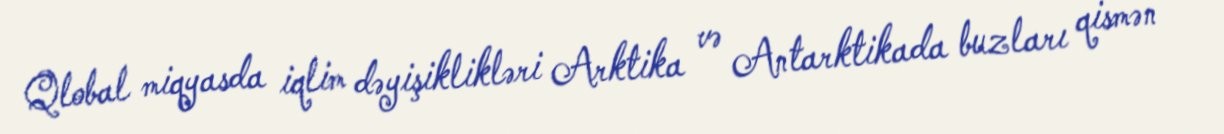
Qlobal miqyasda iqlim dəyişiklikləri Arktika və Antarktikada buzları qismən